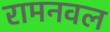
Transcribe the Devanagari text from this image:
रामनवल